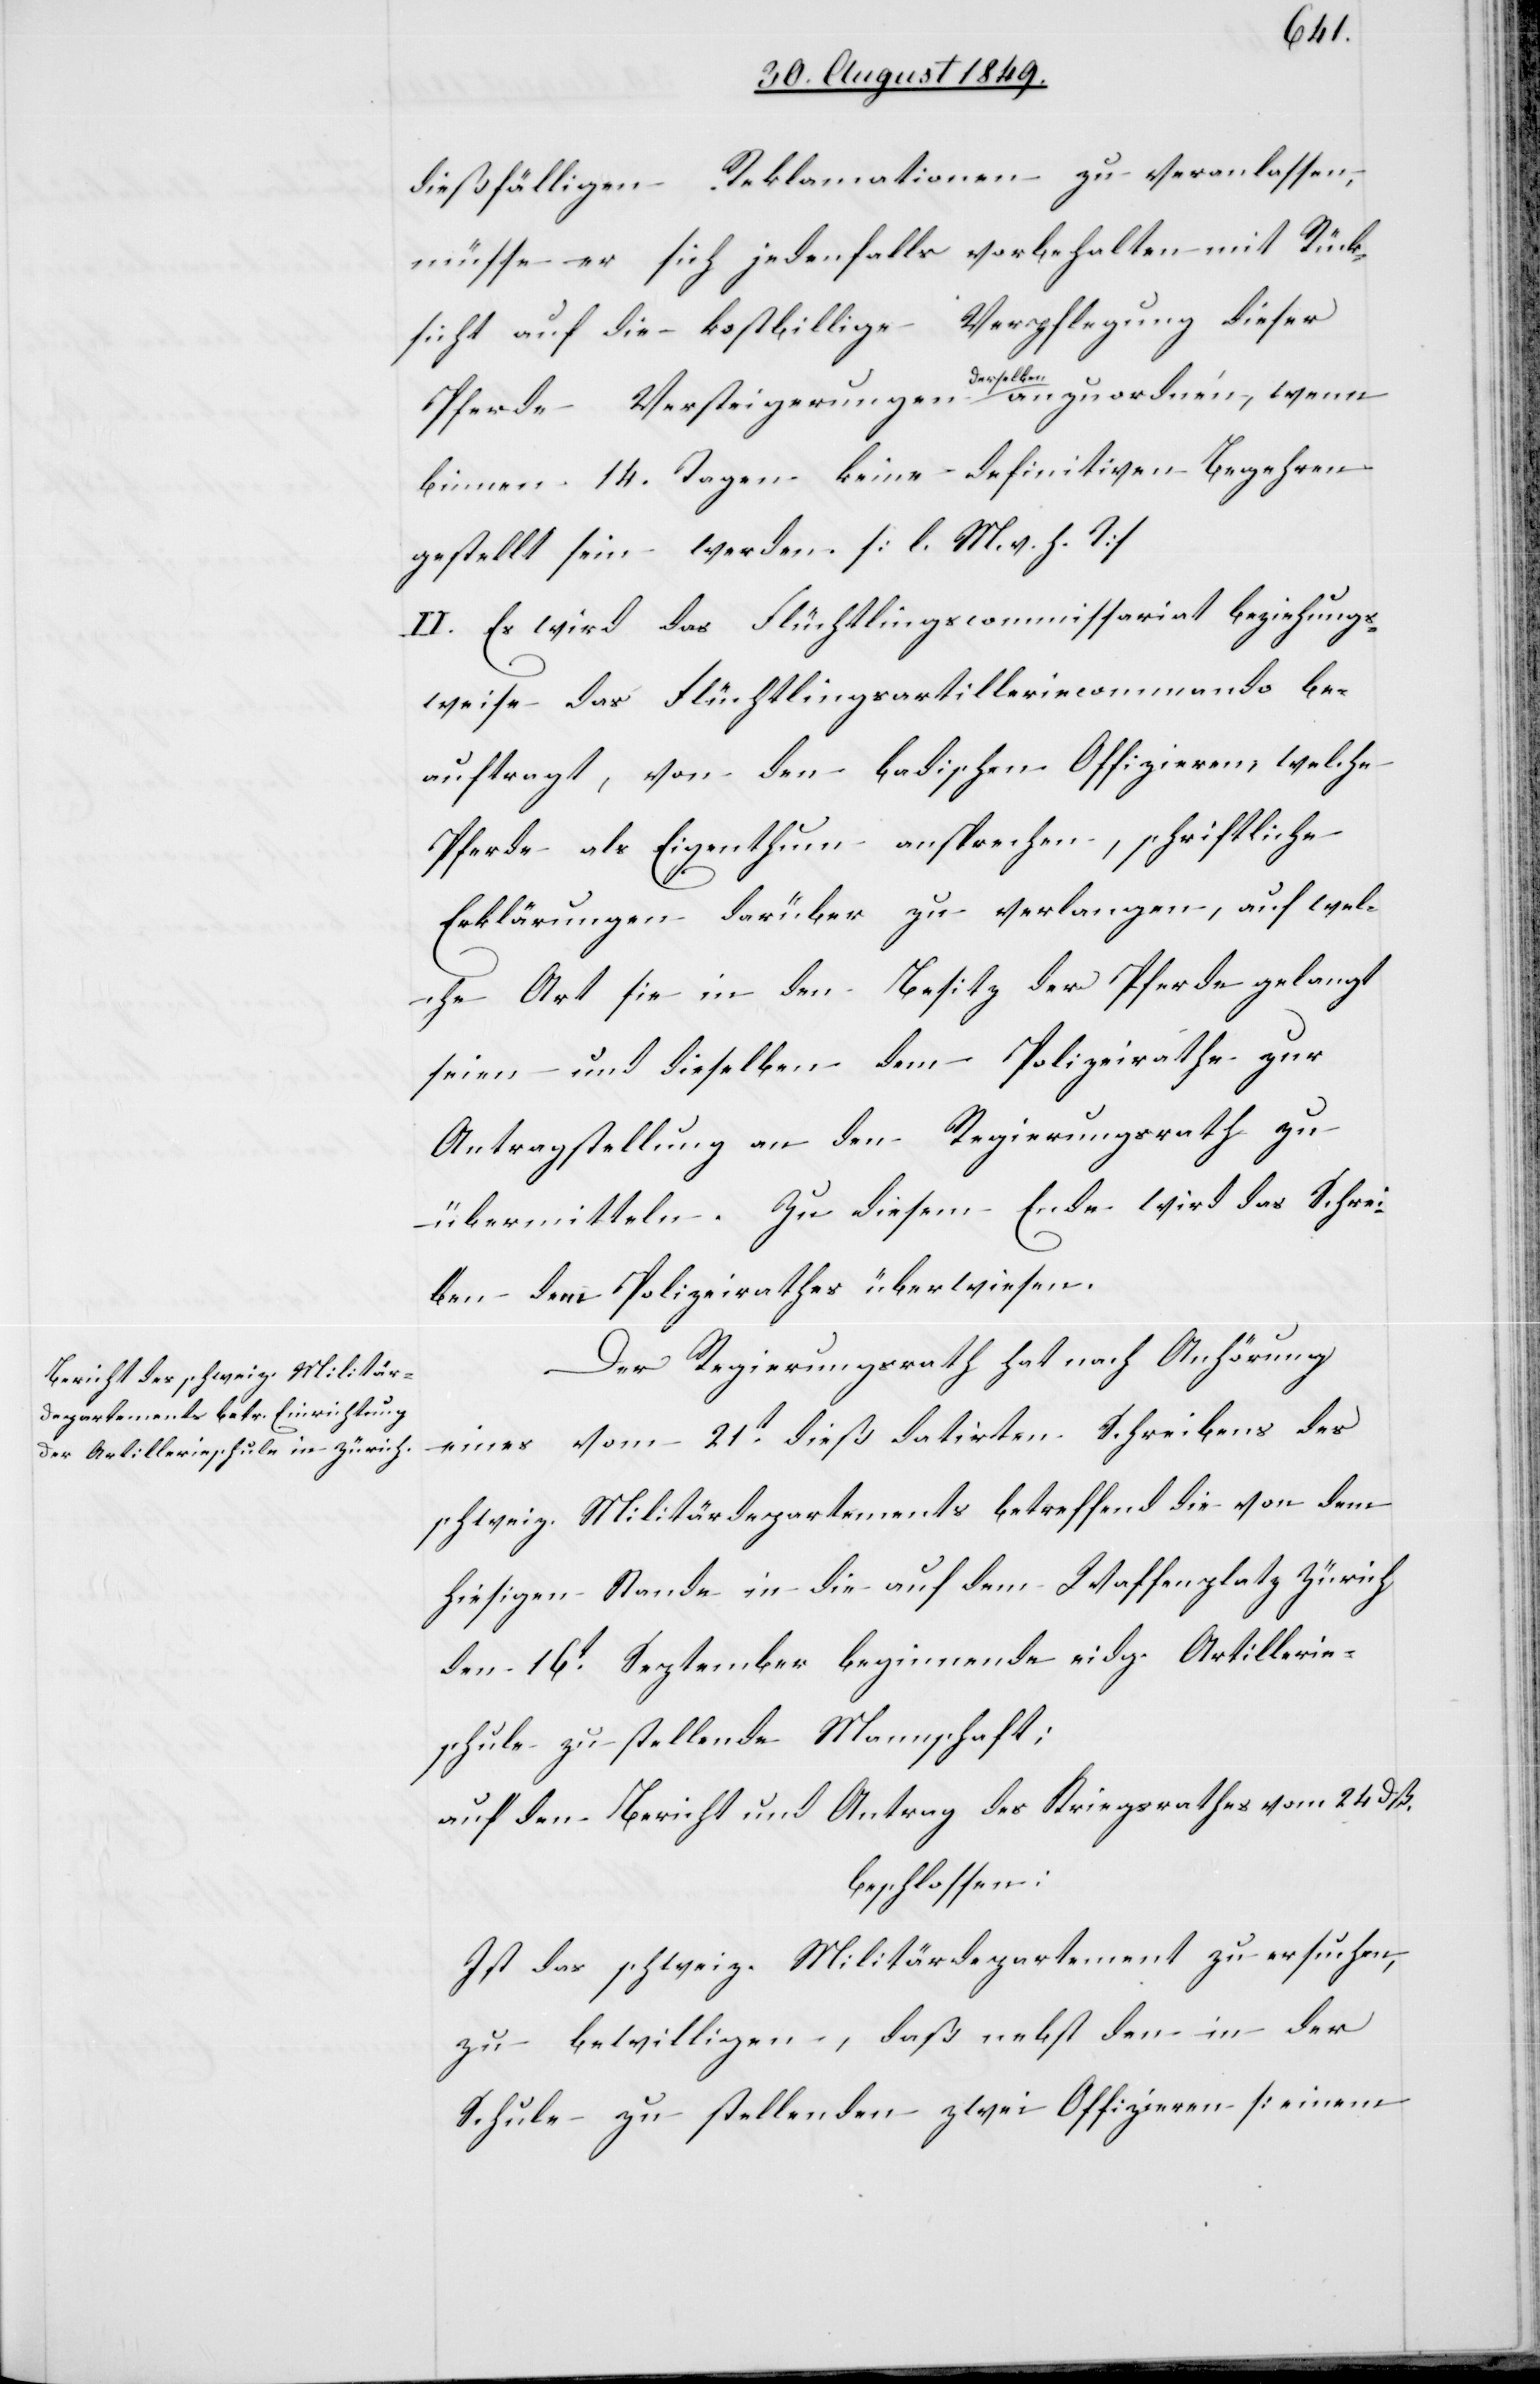
dießfälligen Reklamationen zu veranlassen,
müsse er sich jedenfalls vorbehalten mit Rück¬
sicht auf die kostbillige Verpflegung dieser
Pferde Versteigerungen a-derselben-a anzuordnen, wenn
binnen 14. Tagen keine definitiven Begehren
gestellt sein werden. [l. M. v. h. T]
II. Es wird das Flüchtlingscommissariat beziehungs¬
weise das Flüchtlingsartilleriecommando be¬
auftragt, von den badischen Offizieren, welche
Pferde als Eigenthum ansprechen, schriftliche
Erklärungen darüber zu verlangen, auf wel¬
che Art sie in den Besitz der Pferde gelangt
seien und dieselben dem Polizeirathe zur
Antragstellung an den Regierungsrath zu
übermitteln. Zu diesem Ende wird das Schrei¬
ben dem Polizeirathes [sic!] überwiesen.
Der Regierungsrath hat nach Anhörung
eines vom 21t dieß datirten Schreibens des
schweiz. Militärdepartements betreffend die von dem
hiesigen Stande in die auf dem Waffenplatz Zürich
den 16t September beginnende eidg. Artillerie¬
schule zu stellende Mannschaft;
auf den Bericht und Antrag des Kriegsrathes vom 24. dß.
beschlossen:
Ist das schweiz. Militärdepartement zu ersuchen,
zu bewilligen, daß nebst den in der
Schule zu stellenden zwei Offizieren [einem